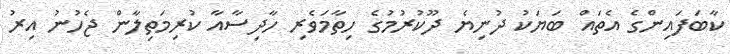
ކާބަފައިންގެ އެތައް ބަޔަކު ދުނިޔެ ދޫކުރުމުގެ ހިތާމަވެރި ހާދިސާއާ ކުރިމަތިލާން ޖެހުނު އިރު